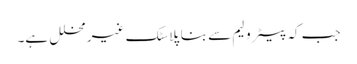
جب کہ پیٹرولیم سے بنا پلاسٹک غیر محلل ہے۔